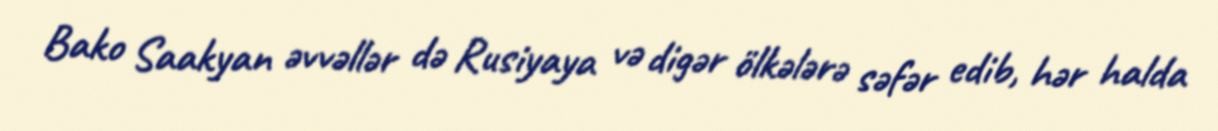
Bako Saakyan əvvəllər də Rusiyaya və digər ölkələrə səfər edib, hər halda